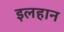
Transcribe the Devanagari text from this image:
इलहान